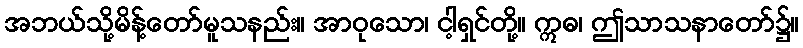
အဘယ်သို့မိန့်တော်မူသနည်း။ အာဝုသော၊ ငါ့ရှင်တို့။ ဣဓ၊ ဤသာသနာတော်၌။